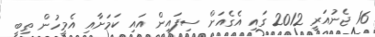
16 ޖެނުއަރީ 2012 ގައި އެގެއަށް ސިފައިން އައި ކަމަށާއި އެމީހުން ތިބީ